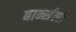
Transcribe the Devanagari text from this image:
बार्न्सली